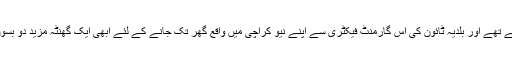
رات کے آتھ بج چکے تھے اور بلدیہ ٹائون کی اس گارمنٹ فیکٹری سے اپنے نیو کراچی میں واقع گھر تک جانے کے لئے ابھی ایک گھنٹہ مزید دو بسوں میں خوار ہونا تھا۔